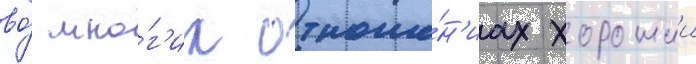
во́ мно́г'их отноше́н'иах хорошии